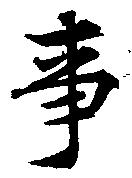
事